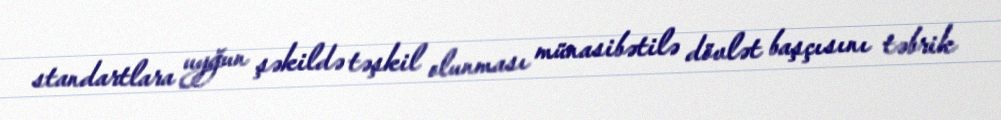
standartlara uyğun şəkildə təşkil olunması münasibətilə dövlət başçısını təbrik